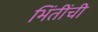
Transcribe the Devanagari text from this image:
भिंतींची